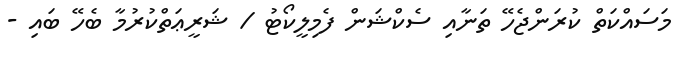
މަސައްކަތް ކުރަންޖެހޭ ތަނާއި ސެކްޝަން ފެމިލީކޯޓު / ޝަރީޢަތްކުރުމާ ބެހޭ ބައި -